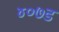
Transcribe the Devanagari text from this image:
४०७ड